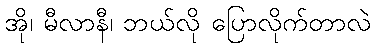
အို၊ မီလာနီ၊ ဘယ်လို ပြောလိုက်တာလဲ